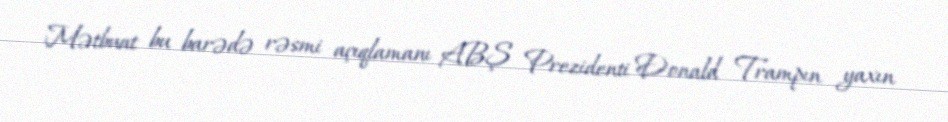
Mətbuat bu barədə rəsmi açıqlamanı ABŞ Prezidenti Donald Trampın yaxın